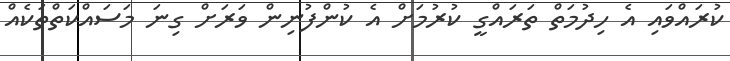
ކުރައްވައި އެ ހިދުމަތް ތަރައްގީ ކުރުމަށް އެ ކުންފުނިން ވަރަށް ގިނަ މަސައްކަތްތަކެއް